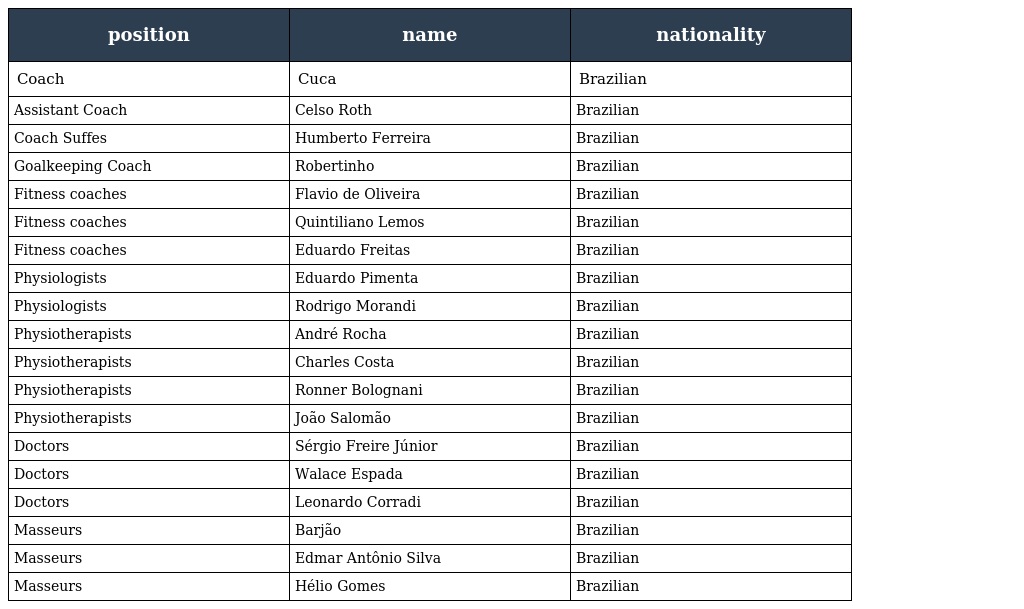
| position | name | nationality |
 | --- | --- | --- |
 | Coach | Cuca | Brazilian |
 | Assistant Coach | Celso Roth | Brazilian |
 | Coach Suffes | Humberto Ferreira | Brazilian |
 | Goalkeeping Coach | Robertinho | Brazilian |
 | Fitness coaches | Flavio de Oliveira | Brazilian |
 | Fitness coaches | Quintiliano Lemos | Brazilian |
 | Fitness coaches | Eduardo Freitas | Brazilian |
 | Physiologists | Eduardo Pimenta | Brazilian |
 | Physiologists | Rodrigo Morandi | Brazilian |
 | Physiotherapists | André Rocha | Brazilian |
 | Physiotherapists | Charles Costa | Brazilian |
 | Physiotherapists | Ronner Bolognani | Brazilian |
 | Physiotherapists | João Salomão | Brazilian |
 | Doctors | Sérgio Freire Júnior | Brazilian |
 | Doctors | Walace Espada | Brazilian |
 | Doctors | Leonardo Corradi | Brazilian |
 | Masseurs | Barjão | Brazilian |
 | Masseurs | Edmar Antônio Silva | Brazilian |
 | Masseurs | Hélio Gomes | Brazilian |